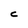
Character: c